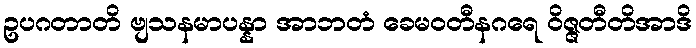
ဥပဂတာတိ ဗျသနမာပန္နာ အာဘတံ ခေမဝတီနဂရေ ဝိဇ္ဇတီတိအာဒိ